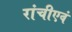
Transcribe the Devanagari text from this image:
रांचीएवं